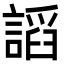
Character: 謟